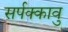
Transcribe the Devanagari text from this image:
सर्पक्कावु